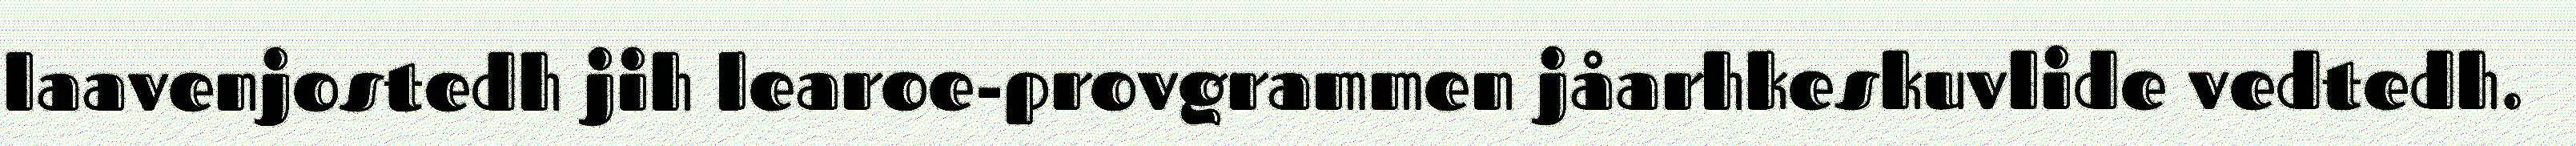
laavenjostedh jih learoe-provgrammen jåarhkeskuvlide vedtedh.